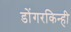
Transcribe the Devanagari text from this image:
डोंगरकिन्ही